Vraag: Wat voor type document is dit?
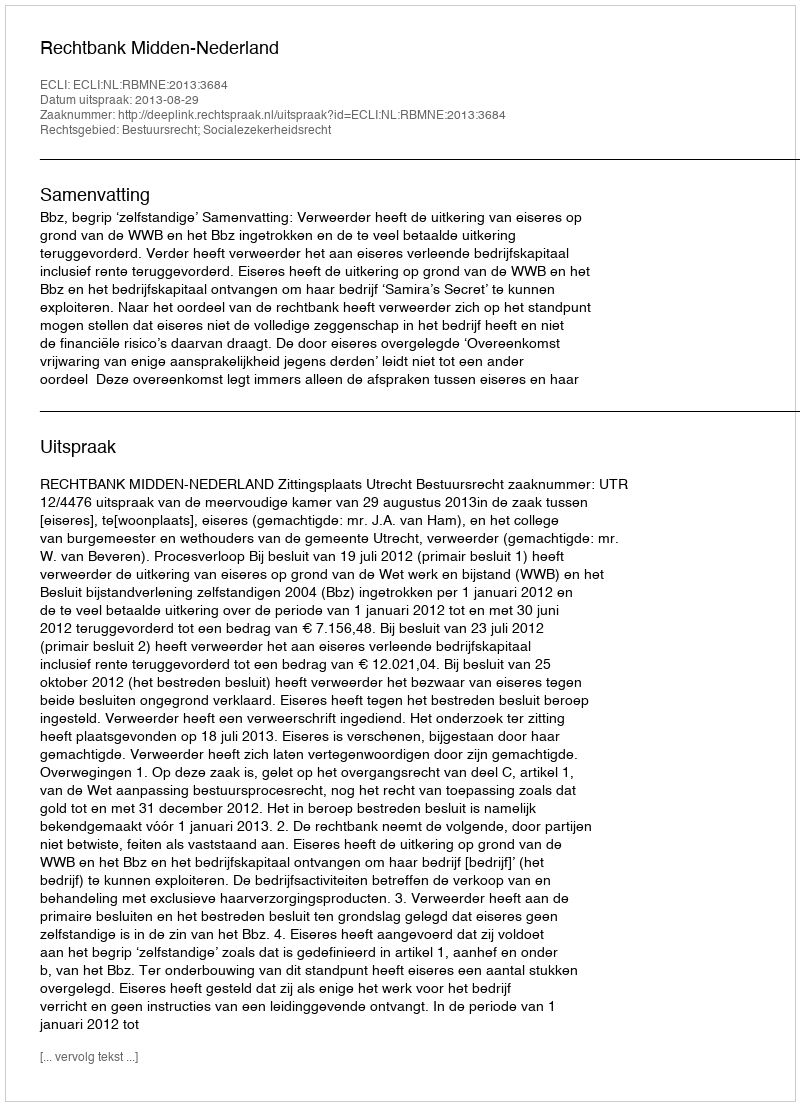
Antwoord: Uitspraak